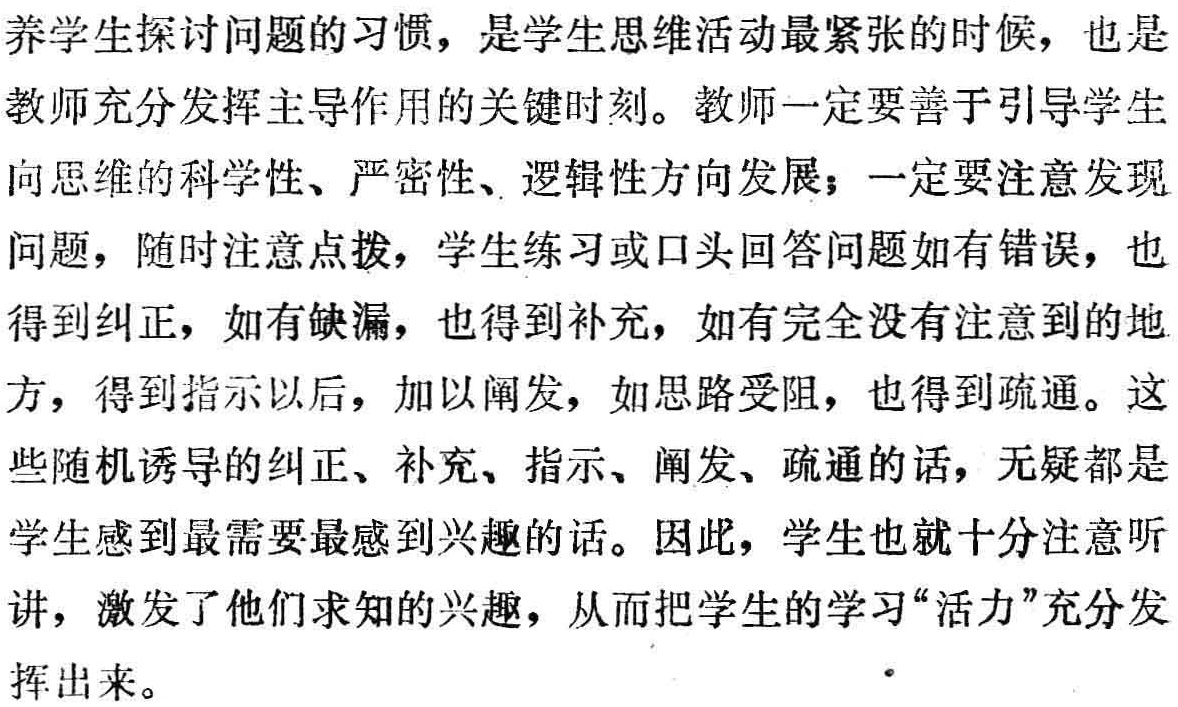
养学生探讨问题的习惯，是学生思维活动最紧张的时候，也是

教师充分发挥主导作用的关键时刻。教师一定要善于引导学生

向思维的科学性、严密性、逻辑性方向发展；一定要注意发现

问题，随时注意点拨，学生练习或口头回答问题如有错误，也

得到纠正，如有缺漏，也得到补充，如有完全没有注意到的地

方，得到指示以后，加以阐发，如思路受阻，也得到疏通。这

些随机诱导的纠正、补充、指示、阐发、疏通的话，无疑都是

学生感到最需要最感到兴趣的话。因此，学生也就十分注意听

讲，激发了他们求知的兴趣，从而把学生的学习“活力”充分发

挥出来。